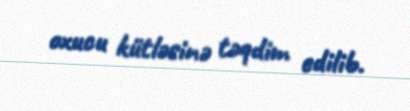
oxucu kütləsinə təqdim edilib.